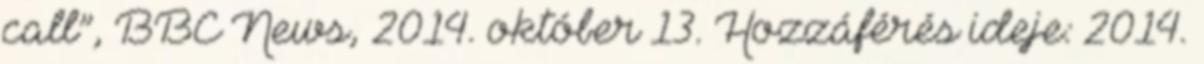
call”, BBC News, 2014. október 13. Hozzáférés ideje: 2014.